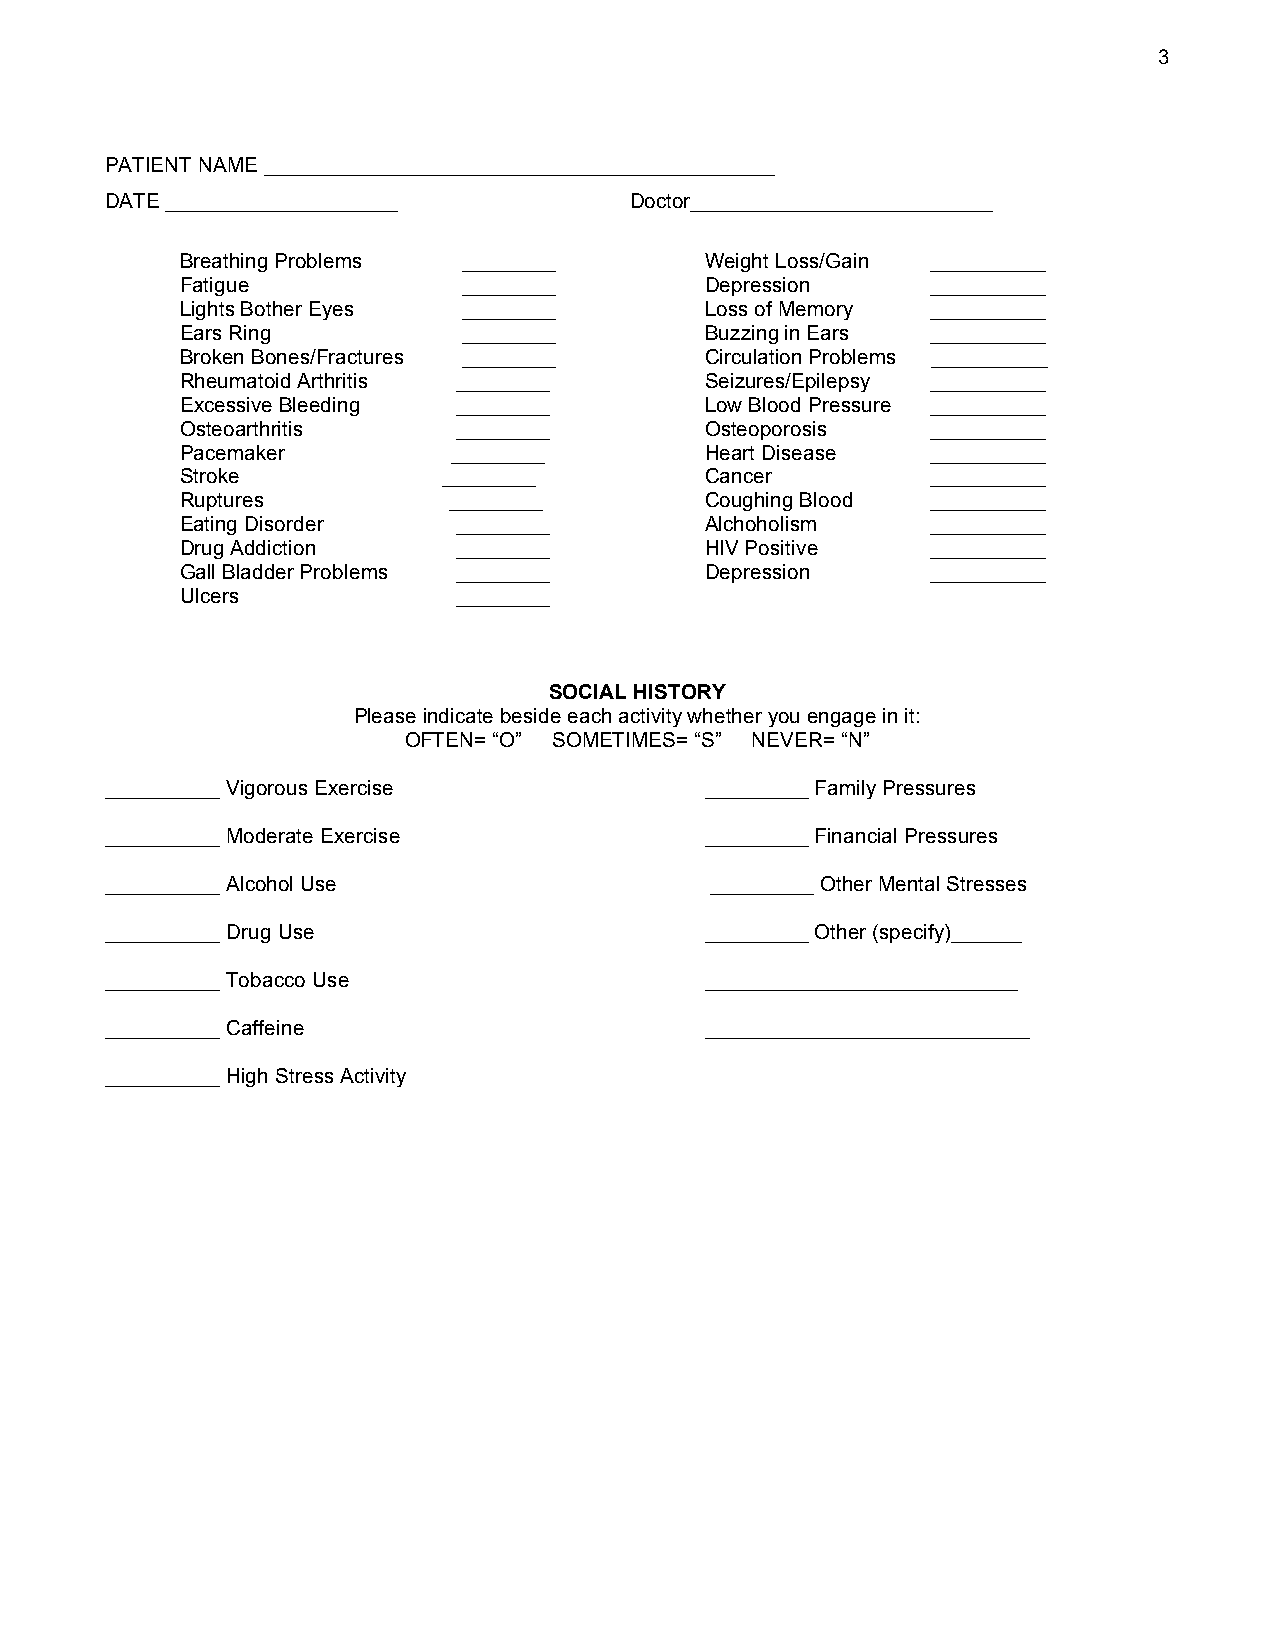
3
 PATIENT NAME ____________________________________________
 DATE ____________________          Doctor__________________________
 Breathing Problems ________        Weight Loss/Gain __________
 Fatigue            ________        Depression     __________
 Lights Bother Eyes ________        Loss of Memory __________
 Ears Ring          ________        Buzzing in Ears __________
 Broken Bones/Fractures ________    Circulation Problems __________
 Rheumatoid Arthritis ________      Seizures/Epilepsy __________
 Excessive Bleeding ________        Low Blood Pressure __________
 Osteoarthritis    ________         Osteoporosis   __________
 Pacemaker         ________         Heart Disease  __________
 Stroke           ________          Cancer         __________
 Ruptures          ________         Coughing Blood __________
 Eating Disorder   ________         Alchoholism    __________
 Drug Addiction    ________         HIV Positive   __________
 Gall Bladder Problems ________     Depression     __________
 Ulcers            ________
 SOCIAL HISTORY
 Please indicate beside each activity whether you engage in it:
 OFTEN= “O” SOMETIMES= “S” NEVER= “N”
 __________ Vigorous Exercise            _________ Family Pressures
 __________ Moderate Exercise            _________ Financial Pressures
 __________ Alcohol Use                  _________ Other Mental Stresses
 __________ Drug Use                     _________ Other (specify)______
 __________ Tobacco Use                  ___________________________
 __________ Caffeine                     ____________________________
 __________ High Stress Activity